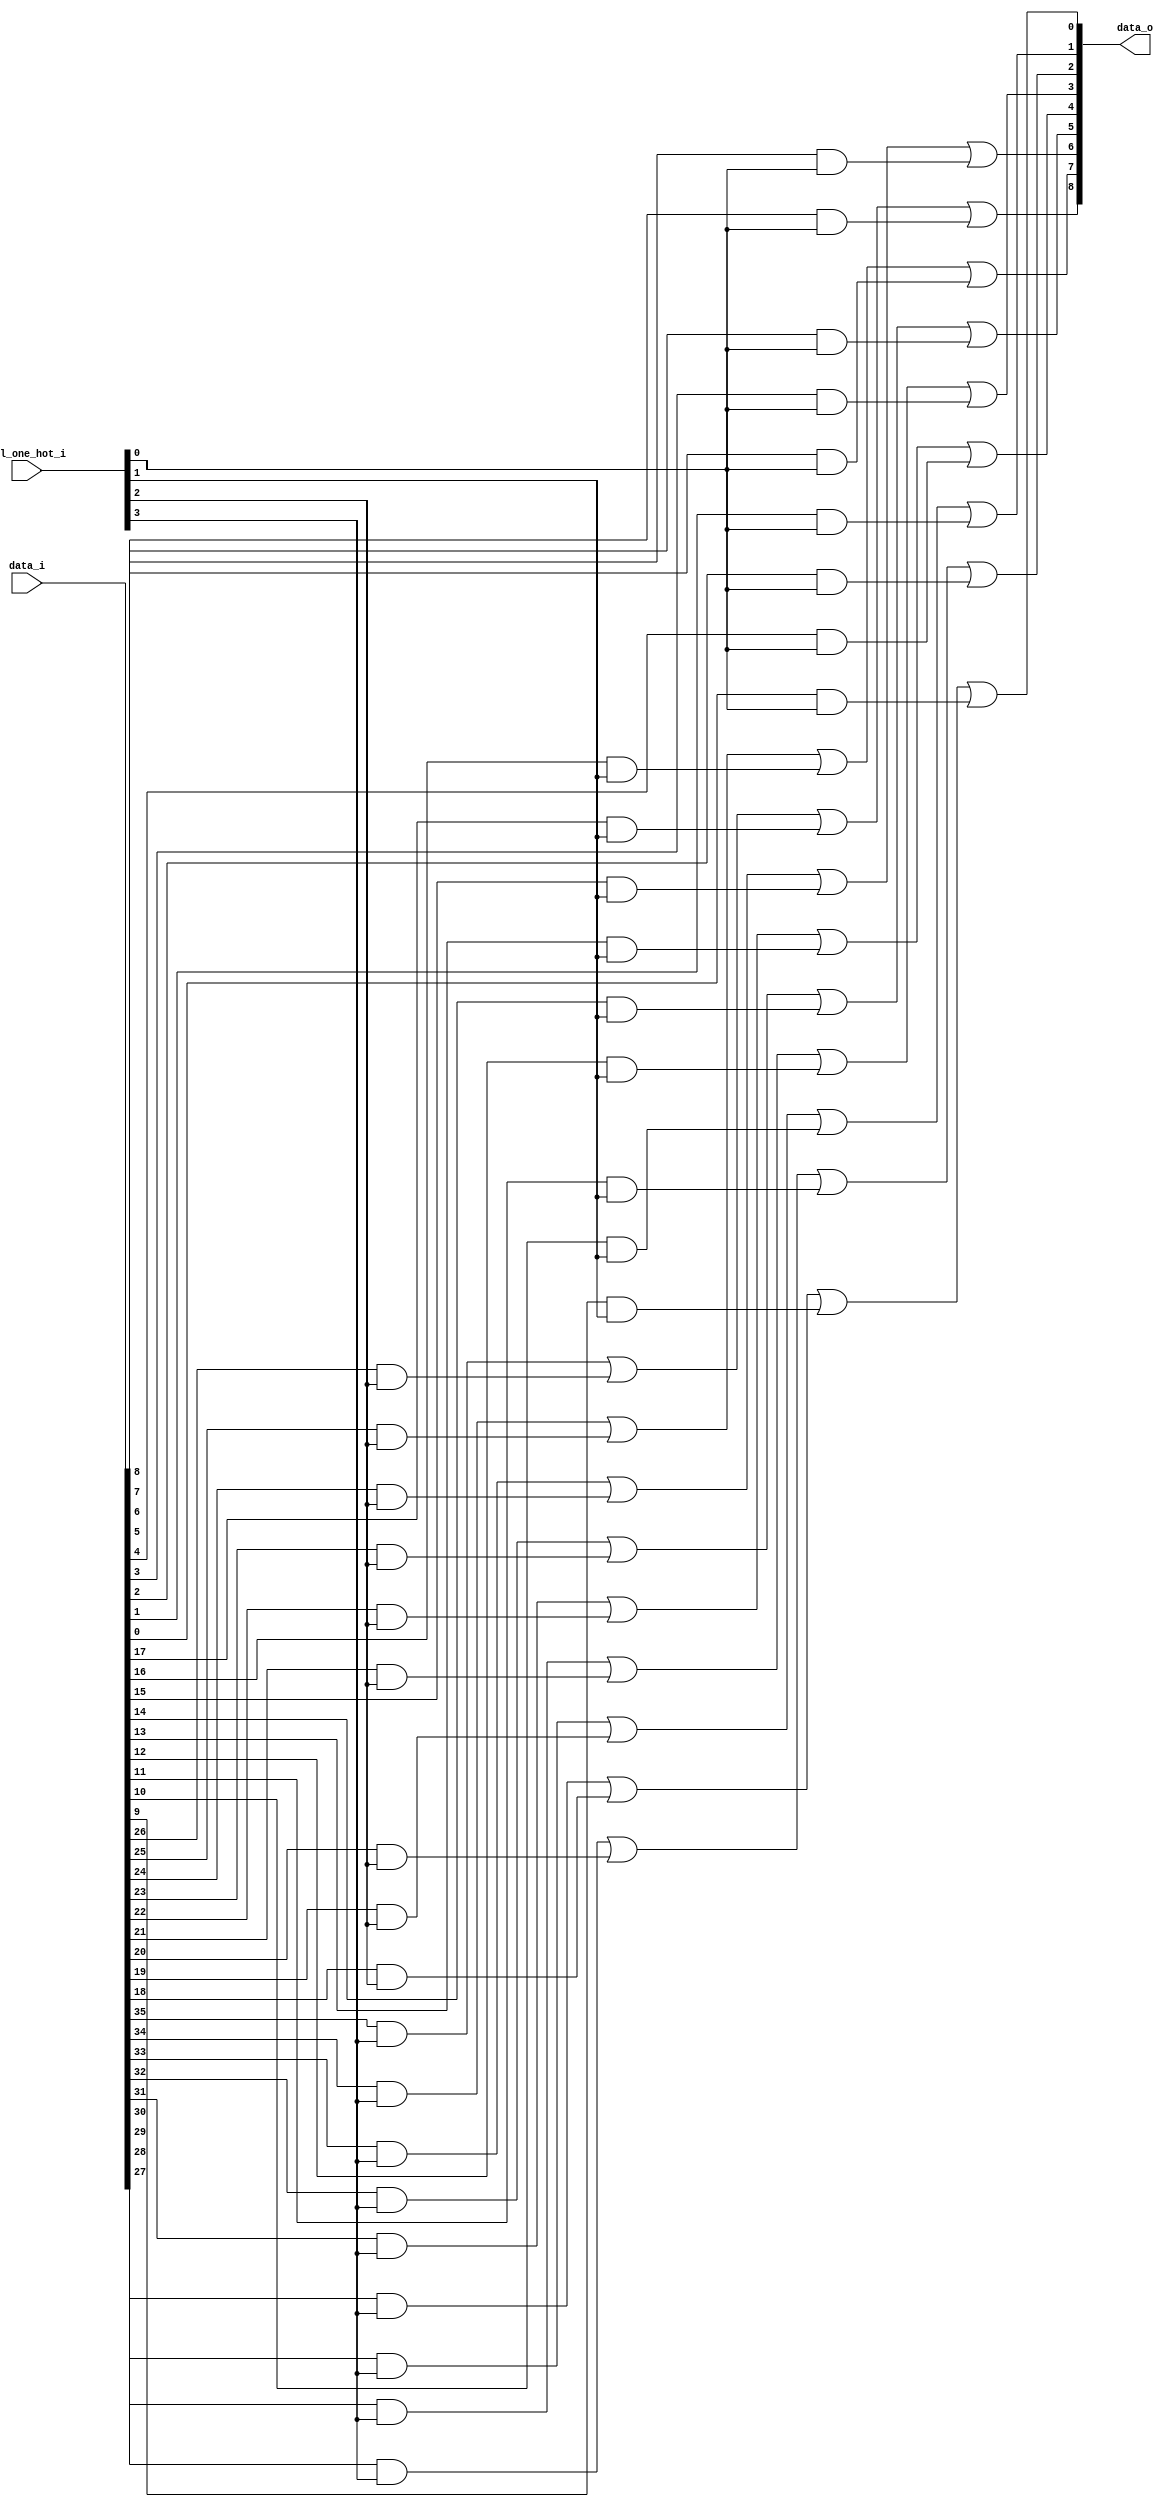
module bsg_mux_one_hot_width_p9_els_p4
(
  data_i,
  sel_one_hot_i,
  data_o
);

  input [35:0] data_i;
  input [3:0] sel_one_hot_i;
  output [8:0] data_o;
  wire [8:0] data_o;
  wire N0,N1,N2,N3,N4,N5,N6,N7,N8,N9,N10,N11,N12,N13,N14,N15,N16,N17;
  wire [35:0] data_masked;
  assign data_masked[8] = data_i[8] & sel_one_hot_i[0];
  assign data_masked[7] = data_i[7] & sel_one_hot_i[0];
  assign data_masked[6] = data_i[6] & sel_one_hot_i[0];
  assign data_masked[5] = data_i[5] & sel_one_hot_i[0];
  assign data_masked[4] = data_i[4] & sel_one_hot_i[0];
  assign data_masked[3] = data_i[3] & sel_one_hot_i[0];
  assign data_masked[2] = data_i[2] & sel_one_hot_i[0];
  assign data_masked[1] = data_i[1] & sel_one_hot_i[0];
  assign data_masked[0] = data_i[0] & sel_one_hot_i[0];
  assign data_masked[17] = data_i[17] & sel_one_hot_i[1];
  assign data_masked[16] = data_i[16] & sel_one_hot_i[1];
  assign data_masked[15] = data_i[15] & sel_one_hot_i[1];
  assign data_masked[14] = data_i[14] & sel_one_hot_i[1];
  assign data_masked[13] = data_i[13] & sel_one_hot_i[1];
  assign data_masked[12] = data_i[12] & sel_one_hot_i[1];
  assign data_masked[11] = data_i[11] & sel_one_hot_i[1];
  assign data_masked[10] = data_i[10] & sel_one_hot_i[1];
  assign data_masked[9] = data_i[9] & sel_one_hot_i[1];
  assign data_masked[26] = data_i[26] & sel_one_hot_i[2];
  assign data_masked[25] = data_i[25] & sel_one_hot_i[2];
  assign data_masked[24] = data_i[24] & sel_one_hot_i[2];
  assign data_masked[23] = data_i[23] & sel_one_hot_i[2];
  assign data_masked[22] = data_i[22] & sel_one_hot_i[2];
  assign data_masked[21] = data_i[21] & sel_one_hot_i[2];
  assign data_masked[20] = data_i[20] & sel_one_hot_i[2];
  assign data_masked[19] = data_i[19] & sel_one_hot_i[2];
  assign data_masked[18] = data_i[18] & sel_one_hot_i[2];
  assign data_masked[35] = data_i[35] & sel_one_hot_i[3];
  assign data_masked[34] = data_i[34] & sel_one_hot_i[3];
  assign data_masked[33] = data_i[33] & sel_one_hot_i[3];
  assign data_masked[32] = data_i[32] & sel_one_hot_i[3];
  assign data_masked[31] = data_i[31] & sel_one_hot_i[3];
  assign data_masked[30] = data_i[30] & sel_one_hot_i[3];
  assign data_masked[29] = data_i[29] & sel_one_hot_i[3];
  assign data_masked[28] = data_i[28] & sel_one_hot_i[3];
  assign data_masked[27] = data_i[27] & sel_one_hot_i[3];
  assign data_o[0] = N1 | data_masked[0];
  assign N1 = N0 | data_masked[9];
  assign N0 = data_masked[27] | data_masked[18];
  assign data_o[1] = N3 | data_masked[1];
  assign N3 = N2 | data_masked[10];
  assign N2 = data_masked[28] | data_masked[19];
  assign data_o[2] = N5 | data_masked[2];
  assign N5 = N4 | data_masked[11];
  assign N4 = data_masked[29] | data_masked[20];
  assign data_o[3] = N7 | data_masked[3];
  assign N7 = N6 | data_masked[12];
  assign N6 = data_masked[30] | data_masked[21];
  assign data_o[4] = N9 | data_masked[4];
  assign N9 = N8 | data_masked[13];
  assign N8 = data_masked[31] | data_masked[22];
  assign data_o[5] = N11 | data_masked[5];
  assign N11 = N10 | data_masked[14];
  assign N10 = data_masked[32] | data_masked[23];
  assign data_o[6] = N13 | data_masked[6];
  assign N13 = N12 | data_masked[15];
  assign N12 = data_masked[33] | data_masked[24];
  assign data_o[7] = N15 | data_masked[7];
  assign N15 = N14 | data_masked[16];
  assign N14 = data_masked[34] | data_masked[25];
  assign data_o[8] = N17 | data_masked[8];
  assign N17 = N16 | data_masked[17];
  assign N16 = data_masked[35] | data_masked[26];

endmodule